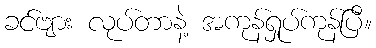
ခင်ဗျား လုပ်တာနဲ့ အကုန်ရှုပ်ကုန်ပြီ။